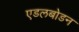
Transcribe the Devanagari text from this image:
एडलबोडन